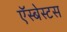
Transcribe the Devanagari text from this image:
ऍस्बेस्टस